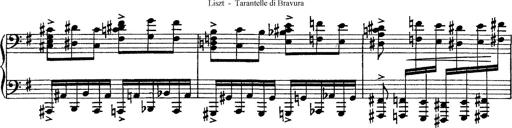
Title: Tarantelle di bravura dâ€™aprÃ¨s la tarantelle de La muette de Portici
Composer: Franz Liszt